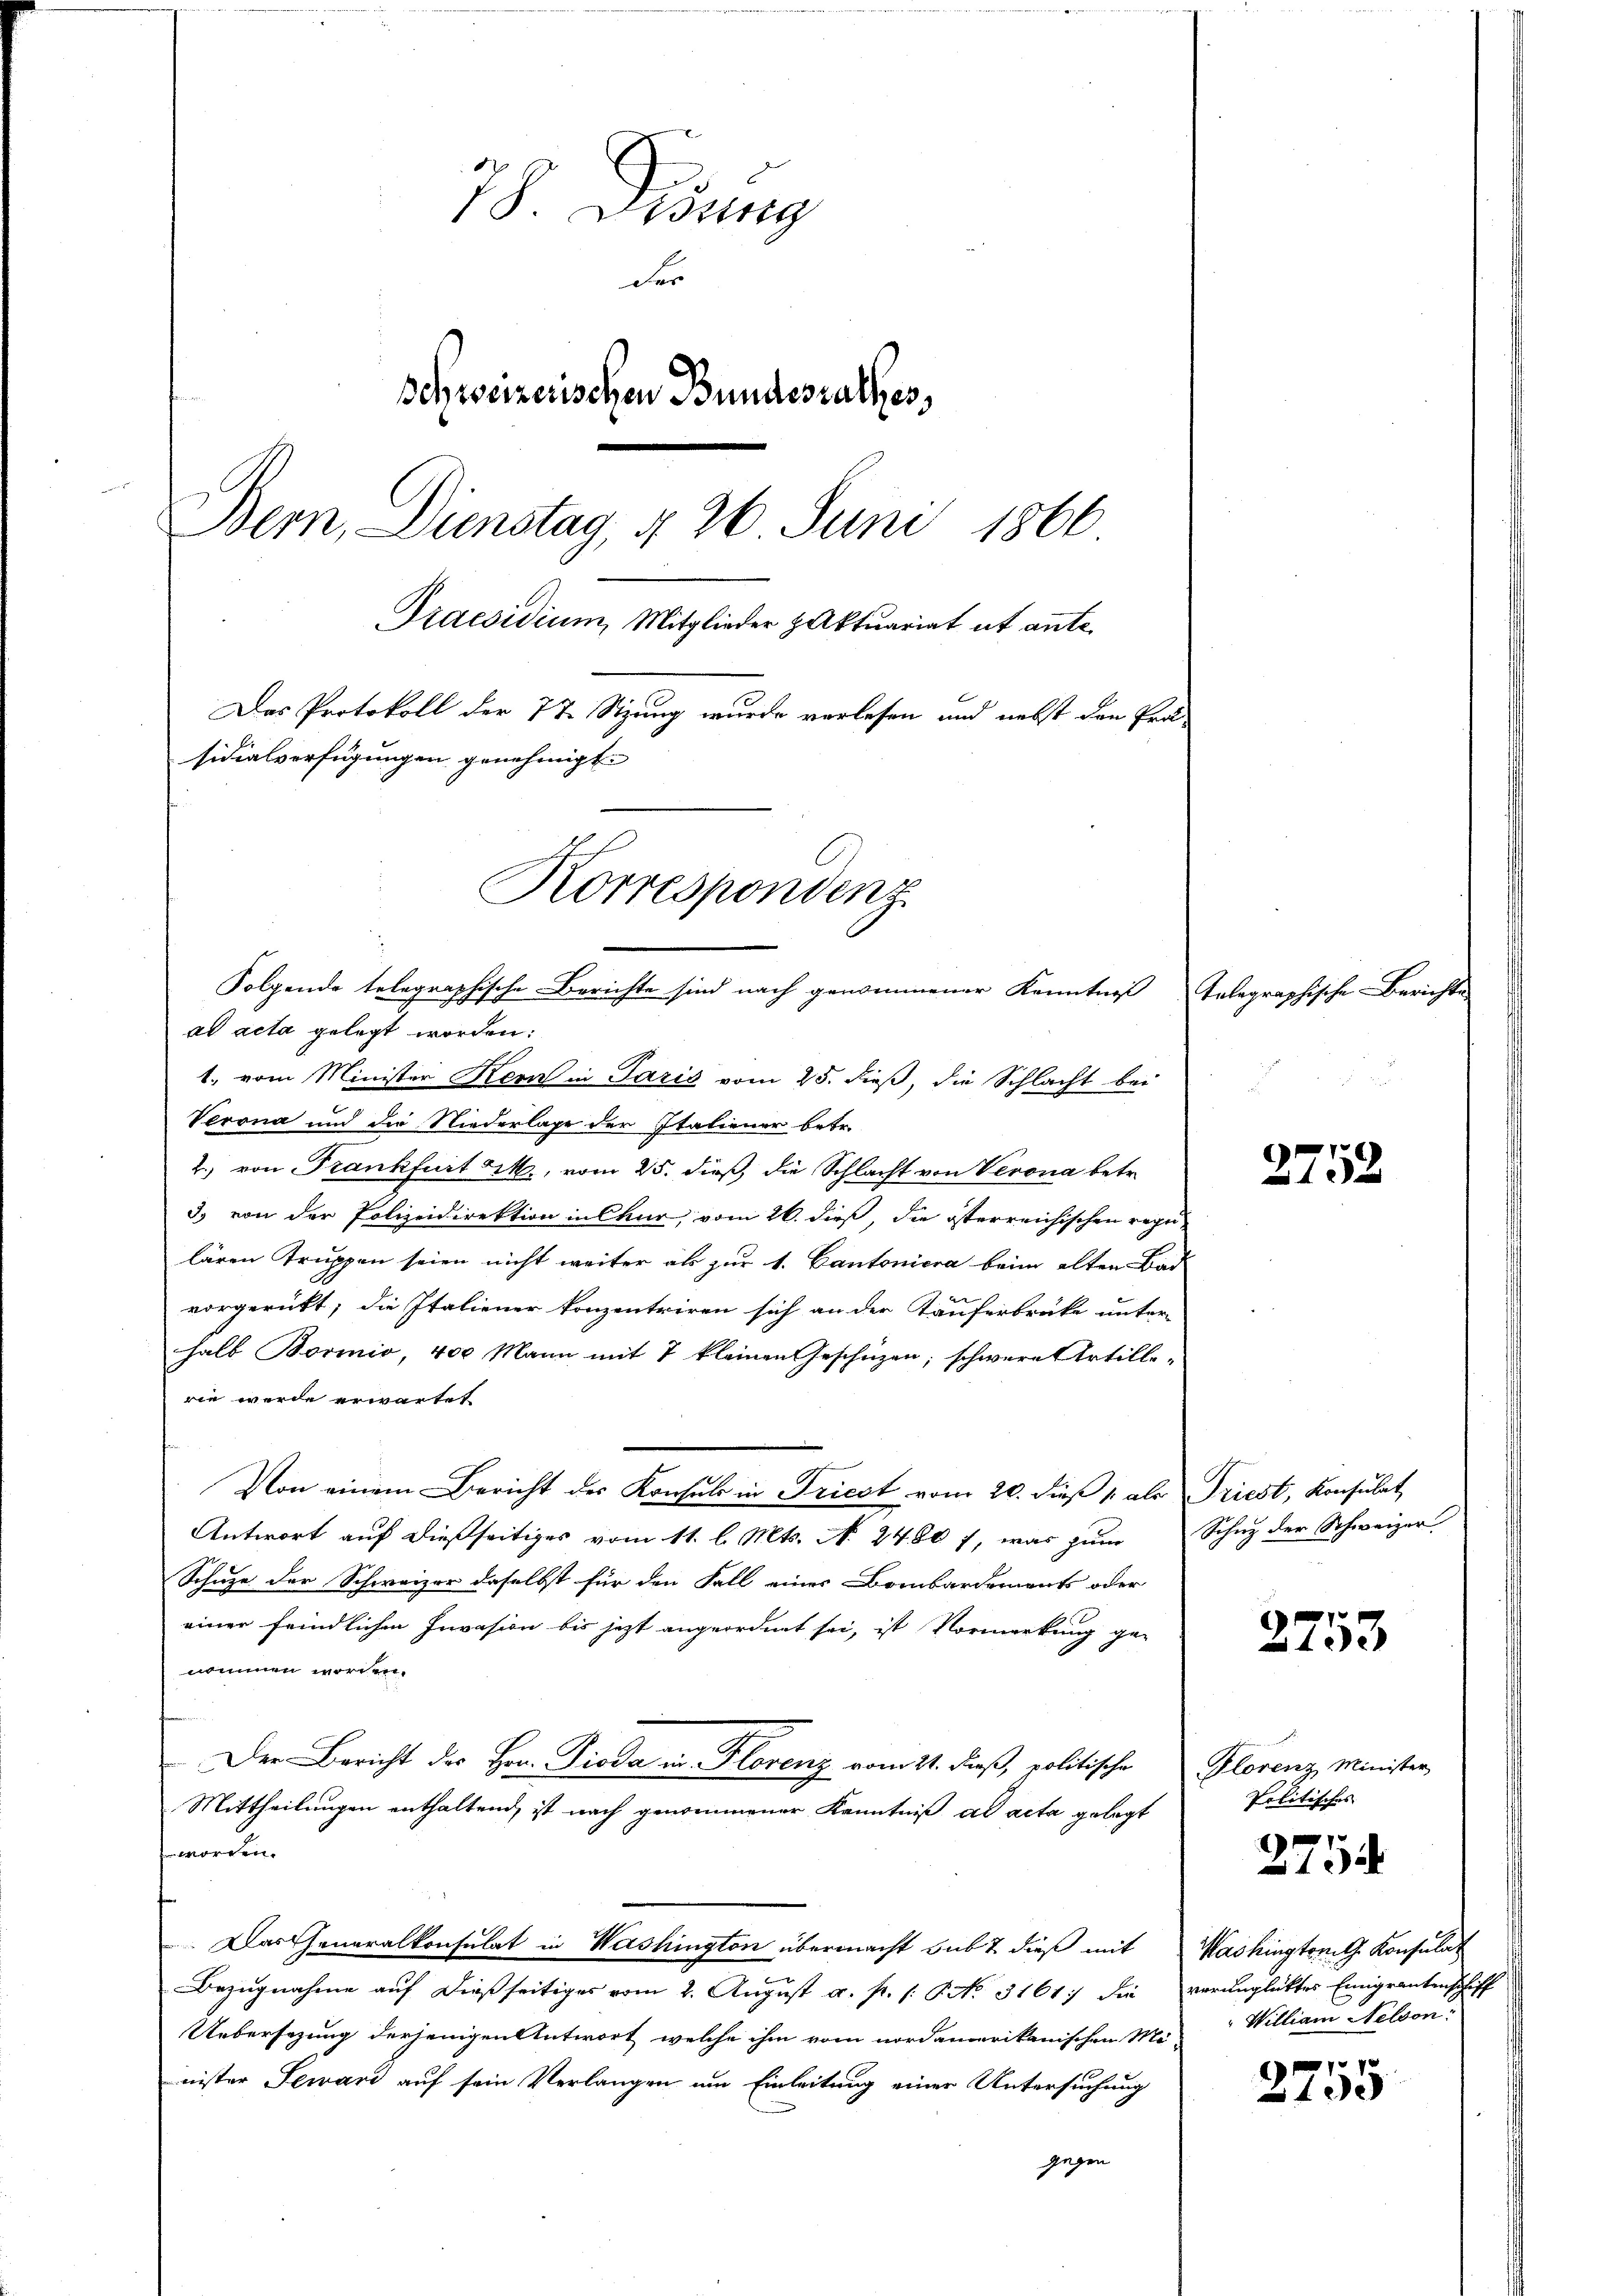
78. Wiesig
der
schweizerischen Bundesrathes,
Bern, Dienstag, § 26 Juni 1866
Praesidium, Mitglieder Aktuariat et ante
Das Protokoll der 7t Sizung wurde verlesen und nebst den Präsidialverfügungen genehmigt.
Korrespondenz
Folgende telegraphische Berichte sind nach genommener Kenntniß
ad acta gelegt worden:

Verona und der Niederlage der Italiener betr.
2) von Frankfurt M., vom 25. dieß, die Schlacht von Verona betr.
3. von der Polizeidirektion in Chur, vom 26. dieß, die österreichischen regulären Truppen seien nicht weiter als zur 1. Cantoniera beim alten Bad
vorgerückt; die Italiener konzentriren sich an der Käuferbrücke unter-
halb Boviio, 400 Mann mit 7 kleinen Geschüzen; schwere Artillewie werde erwartet
Von einem Bericht des Konsuls in Triest vom 20. dieß 1 als Triest, Konsulat
Antwort auf dießseitiges vom 11. l. Mts. N. 2480 f, was zum Schuz der Schweizer
Schuze der Schweizer daselbst für den Fall eines Bombardements oder
einer feindlichen Invasion bis jetzt angeordnet sei, ist Vormerkung ge-
nommen worden.
Der Bericht des Hrn. Pioda in Florenz vom 21. dieß, politische Florenz Minister
Mittheilungen enthaltend, ist nach genommener Kenntniß ad acta gelegt
worden
Dartheneralkonsulat in Washington übermacht sub 7 dieß mit Washington Konsulat
Bezugnahme auf dießseitiges vom 2. August a. p. s: P. No. 3161 die verunglüktes Emigrantenschiff
Uebersezung derjenigen Antwort, welche ihm vom nordamerikanischen Me-William Nelson:
nister Seward auf sein Verlangen um Einleitung einer Untersuchung
gegen

1., vom Minister Kern in Paris vom 25. dieß, die Schlacht bei

Telegraphische Berichte

e
x

2753

Politisches |

2754

1
2730